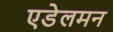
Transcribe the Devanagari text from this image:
एडेलमन